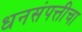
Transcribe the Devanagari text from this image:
धनसंपत्तीचा